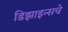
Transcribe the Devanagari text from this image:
डिझाइन्सचे